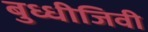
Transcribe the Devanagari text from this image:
बुध्धीजिवी